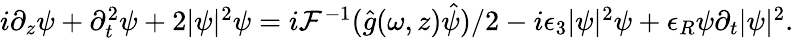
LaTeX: \begin{array}{r}{i\partial_{z}\psi+\partial_{t}^{2}\psi+2|\psi|^{2}\psi=i{\cal F}^{-1}(\hat{g}(\omega,z)\hat{\psi})/2-i\epsilon_{3}|\psi|^{2}\psi+\epsilon_{R}\psi\partial_{t}|\psi|^{2}.}\end{array}